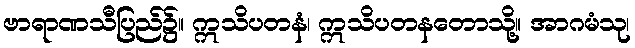
ဗာရာဏသီပြည်၌။ ဣသိပတနံ၊ ဣသိပတနတောသို့။ အာဂမံသု၊